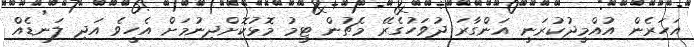
އަހަރެން އުއްމީދުކުރަނީ އަންގާރަ ދުވަހުގެރޭ މެޗުން ޓީމު މޮޅުކޮށްދިނުމަށް އެހީވެ އަދި ލަނޑެއް